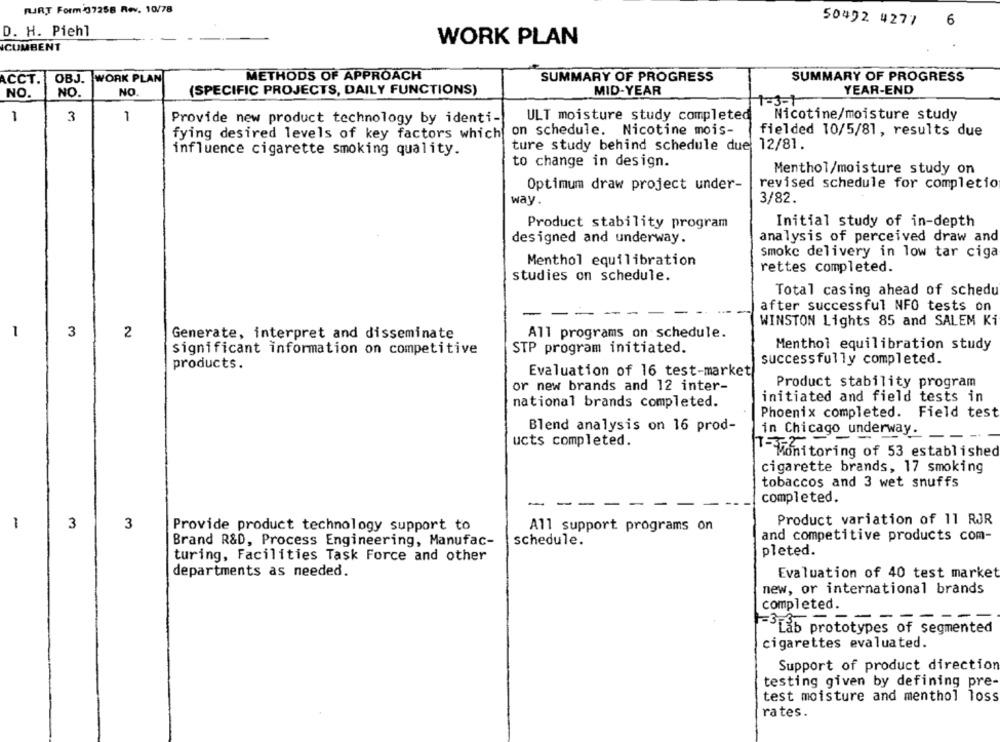
FURT Form 37258 Rev. 10/78
50492 4277
6
D. H. Piehl
WORK PLAN
ICUMBENT
CCT.
OBJ.
WORK PLAN
METHODS OF APPROACH
SUMMARY OF PROGRESS
SUMMARY OF PROGRESS
YEAR-END
NO.
NO.
NO.
(SPECIFIC PROJECTS, DAILY FUNCTIONS)
MID-YEAR
1=3-1
1
3
1
ULT moisture study completed
Nicotine/moisture study
Provide new product technology by identi-
on schedule. Nicotine mois-
fielded 10/5/81, results due
fying desired levels of key factors which
ture study behind schedule due 12/81.
influence cigarette smoking quality.
to change in design.
Menthol/moisture study on
Optimum draw project under-
revised schedule for completio
way.
3/82.
Initial study of in-depth
Product stability program
analysis of perceived draw and
designed and underway.
smoke delivery in low tar ciga
Menthol equilibration
rettes completed.
studies on schedule.
Total casing ahead of schedu
- - - -
after successful NFO tests on
WINSTON Lights 85 and SALEM Ki
1
3
All programs on schedule.
2
Generate, interpret and disseminate
Menthol equilibration study
Significant information on competitive
STP program initiated.
successfully completed.
products.
Evaluation of 16 test-market
or new brands and 12 inter-
Product stability program
initiated and field tests in
national brands completed.
Phoenix completed. Field test
Blend analysis on 16 prod-
ucts completed.
in Chicago underway_ __-
-Monitoring of 53 established
cigarette brands, 17 smoking
tobaccos and 3 wet snuffs
completed.
-
-
Product variation of 11 RJR
-
3
3
Provide product technology support to
All support programs on
schedule.
and competitive products com-
Brand R&D, Process Engineering, Manufac-
pleted.
turing, Facilities Task Force and other
departments as needed.
Evaluation of 40 test market
new, or international brands
completed.
--
-
Lab prototypes of segmented
cigarettes evaluated.
Support of product direction
testing given by defining pre-
test moisture and menthol loss
rates.